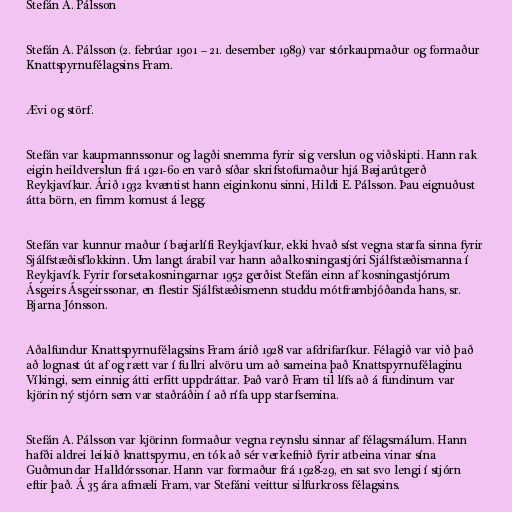
Stefán A. Pálsson

Stefán A. Pálsson (2. febrúar 1901 – 21. desember 1989) var stórkaupmaður og formaður
Knattspyrnufélagsins Fram.

Ævi og störf.

Stefán var kaupmannssonur og lagði snemma fyrir sig verslun og viðskipti. Hann rak
eigin heildverslun frá 1921-60 en varð síðar skrifstofumaður hjá Bæjarútgerð
Reykjavíkur. Árið 1932 kvæntist hann eiginkonu sinni, Hildi E. Pálsson. Þau eignuðust
átta börn, en fimm komust á legg.

Stefán var kunnur maður í bæjarlífi Reykjavíkur, ekki hvað síst vegna starfa sinna fyrir
Sjálfstæðisflokkinn. Um langt árabil var hann aðalkosningastjóri Sjálfstæðismanna í
Reykjavík. Fyrir forsetakosningarnar 1952 gerðist Stefán einn af kosningastjórum
Ásgeirs Ásgeirssonar, en flestir Sjálfstæðismenn studdu mótframbjóðanda hans, sr.
Bjarna Jónsson.

Aðalfundur Knattspyrnufélagsins Fram árið 1928 var afdrifaríkur. Félagið var við það
að lognast út af og rætt var í fullri alvöru um að sameina það Knattspyrnufélaginu
Víkingi, sem einnig átti erfitt uppdráttar. Það varð Fram til lífs að á fundinum var
kjörin ný stjórn sem var staðráðin í að rífa upp starfsemina.

Stefán A. Pálsson var kjörinn formaður vegna reynslu sinnar af félagsmálum. Hann
hafði aldrei leikið knattspyrnu, en tók að sér verkefnið fyrir atbeina vinar sína
Guðmundar Halldórssonar. Hann var formaður frá 1928-29, en sat svo lengi í stjórn
eftir það. Á 35 ára afmæli Fram, var Stefáni veittur silfurkross félagsins.